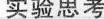
实验思考